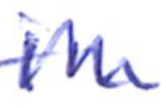
Text: in
Cross-out: zig-zag
Writing tool: ballpoint